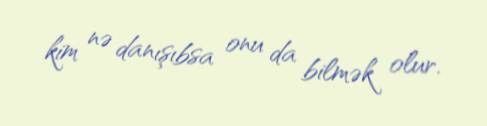
kim nə danışıbsa onu da bilmək olur.